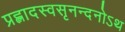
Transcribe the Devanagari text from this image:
प्रह्लादस्वसृनन्दनोऽथ